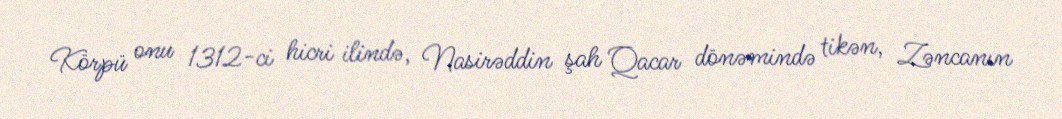
Körpü onu 1312-ci hicri ilində, Nasirəddin şah Qacar dönəmində tikən, Zəncanın